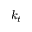
k _ { t }